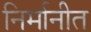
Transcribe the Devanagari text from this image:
निर्मानीत